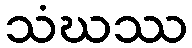
သံဃဿ